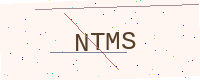
Text: NTMS